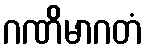
ဂဏိမာဂတံ